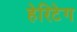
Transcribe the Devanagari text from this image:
हेरिटेग